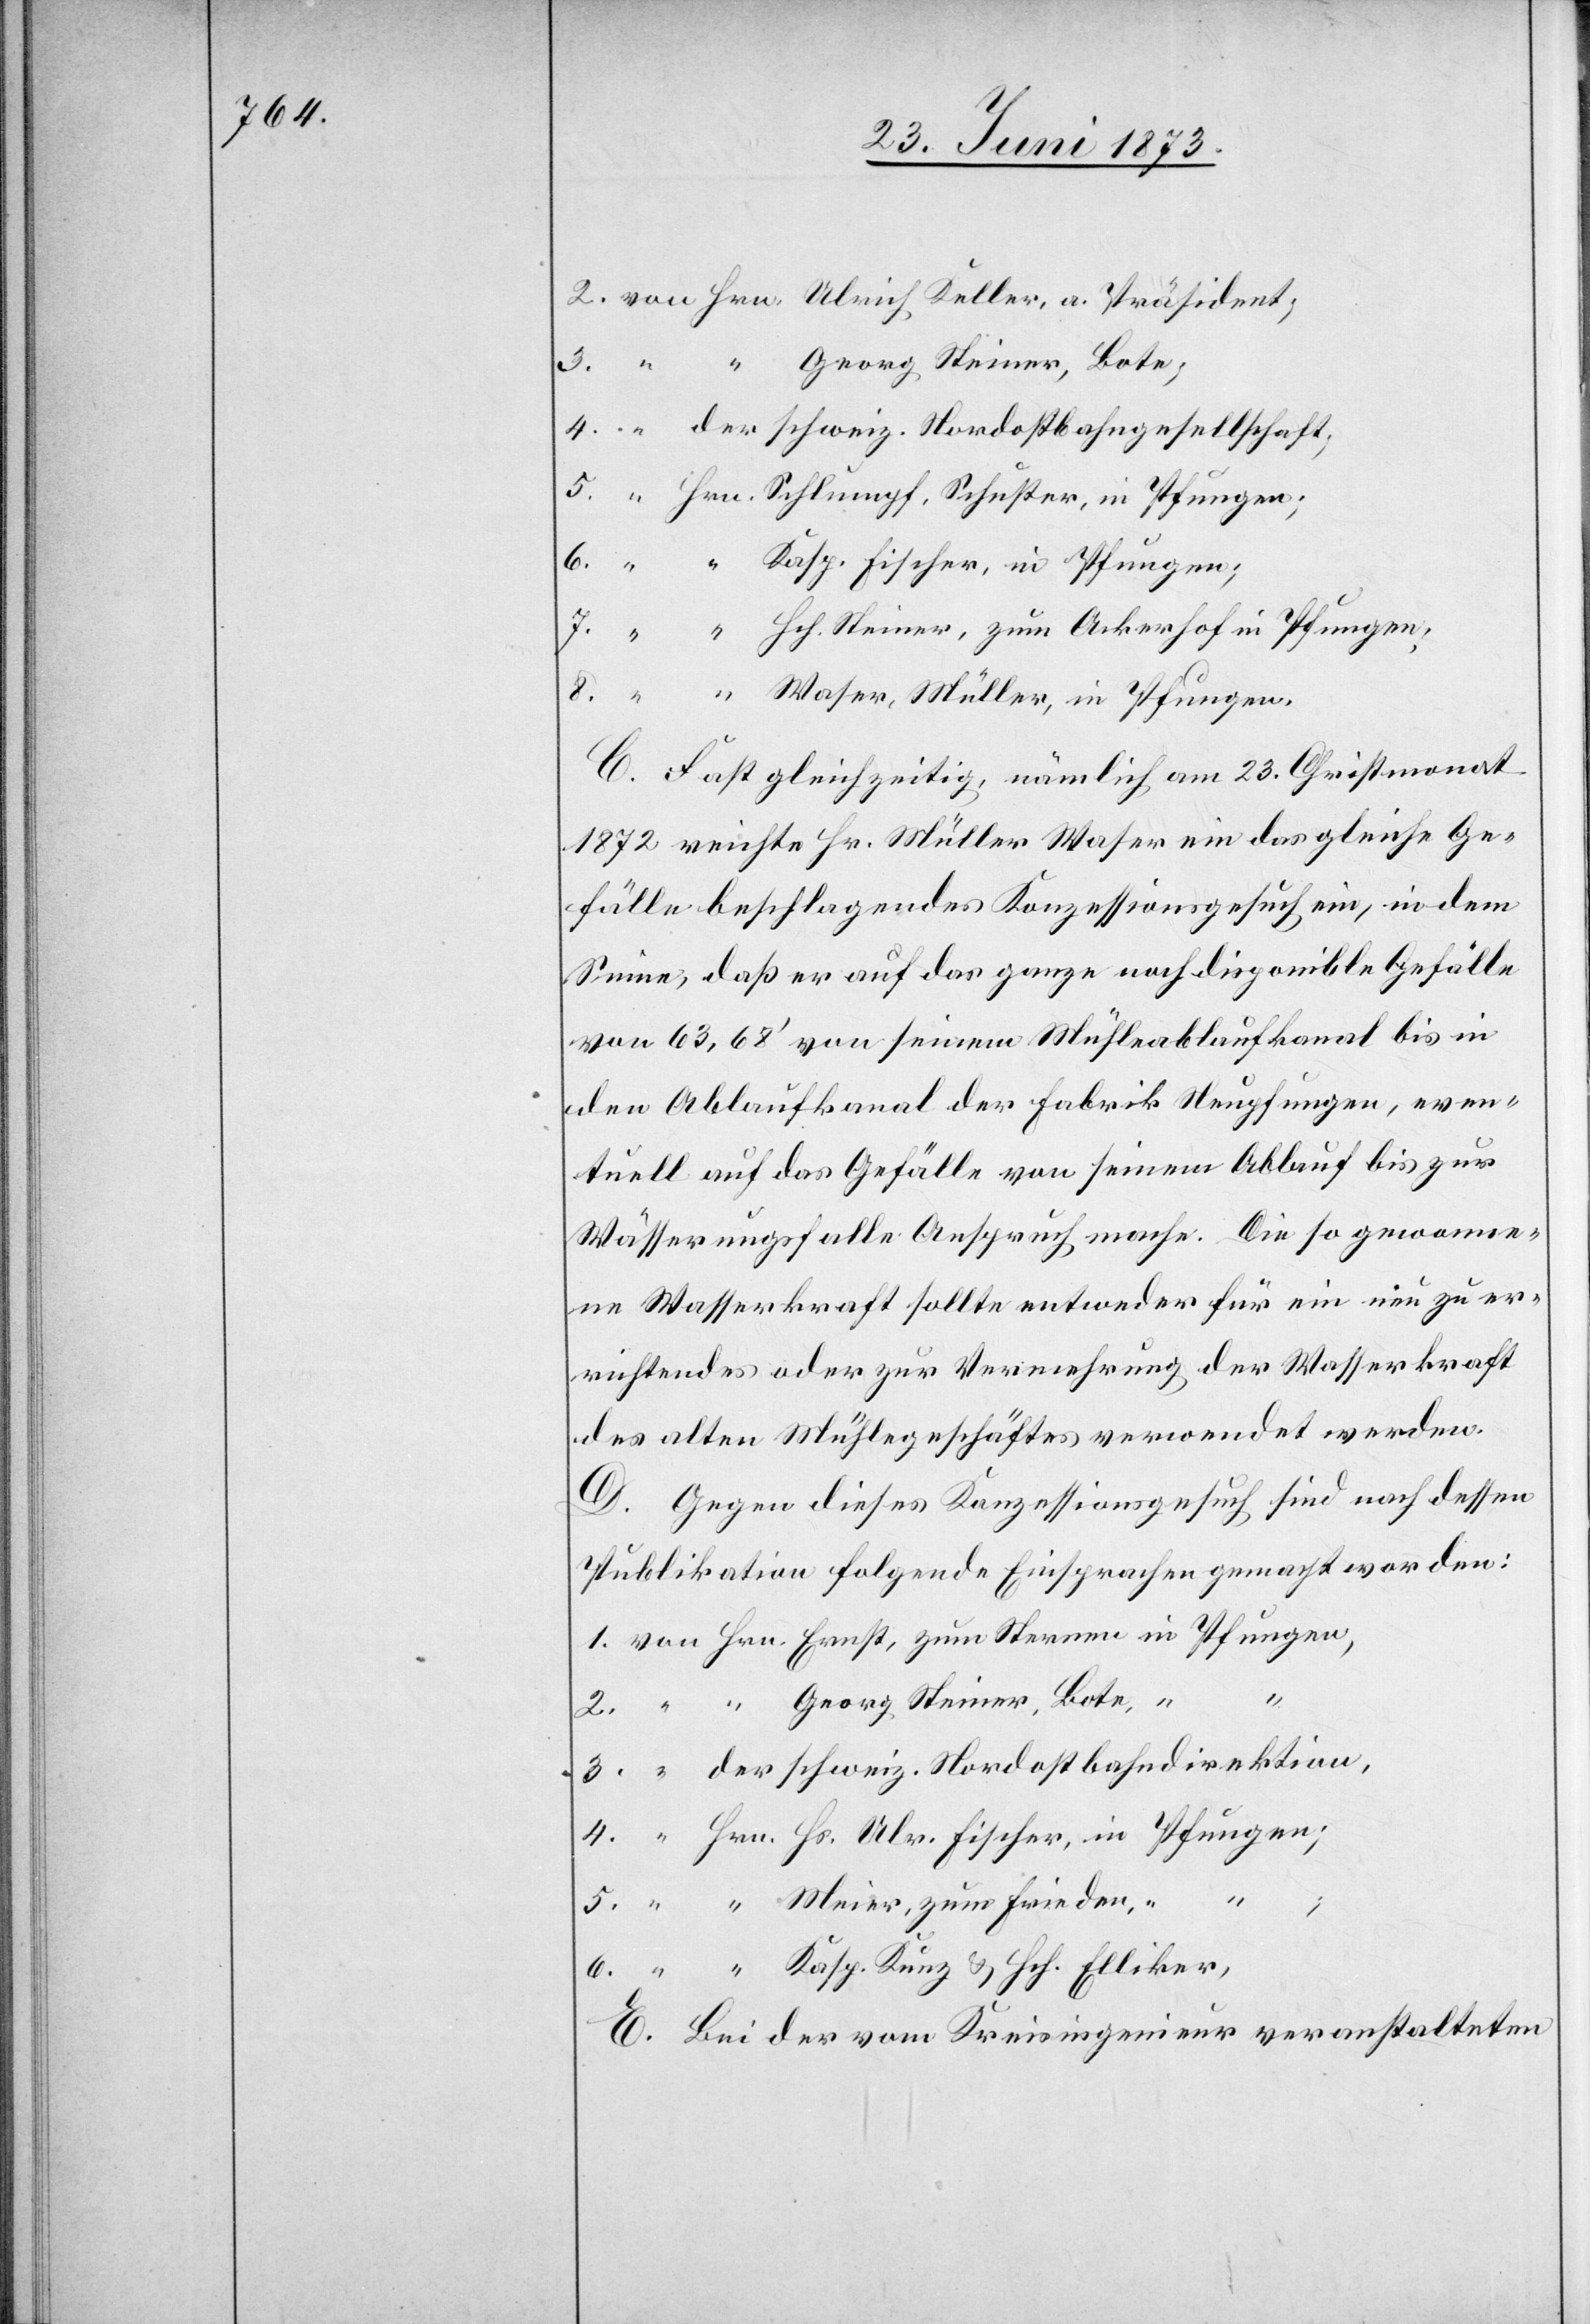
Hrn. Schlumpf, Schuster, in Pfungen;
C. Fast gleichzeitig, nämlich am 23. Christmonat
1872 reichte Hr. Müller Waser ein das gleiche Ge¬
fälle beschlagendes Konzessionsgesuch ein, in dem
Sinne, daß er auf das ganze noch disponible Gefälle
von 63,68‘ von seinem Mühleablaufkanal bis in
den Ablaufkanal der Fabrik Neupfungen, even¬
tuell auf das Gefälle von seinem Ablauf bis zur
Wässerungsfalle Anspruch mache. Die so gewonne¬
ne Wasserkraft sollte entweder für ein neu zu er¬
richtendes oder zur Vermehrung der Wasserkraft
des alten Mühlegeschäftes verwendet werden.
D. Gegen dieses Konzessionsgesuch sind nach dessen
Publikation folgende Einsprachen gemacht worden:
4.
6.
3.
E. Bei der vom Kreisingenieur veranstalteten